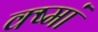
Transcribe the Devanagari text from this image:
क्ष्मां